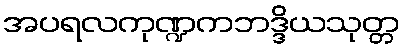
အပရလကုဏ္ဍကဘဒ္ဒိယသုတ္တ